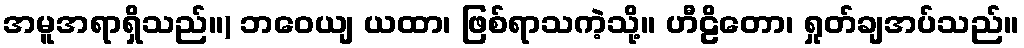
အမူအရာရှိသည်။) ဘဝေယျ ယထာ၊ ဖြစ်ရာသကဲ့သို့။ ဟီဠိတော၊ ရှုတ်ချအပ်သည်။